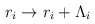
\begin{align*}r_i \rightarrow r_i + \Lambda_i\end{align*}